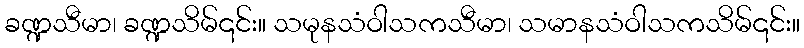
ခဏ္ဍသီမာ၊ ခဏ္ဍသိမ်၎င်း။ သမုနသံဝါသကသီမာ၊ သမာနသံဝါသကသိမ်၎င်း။